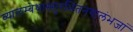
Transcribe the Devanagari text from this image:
व्यालम्बेथास्सुरभितनयालंभजां